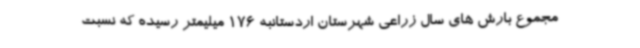
مجموع بارش های سال زراعی شهرستان اردستانبه 176 میلیمتر رسیده که نسبت